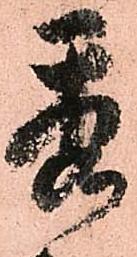
秀